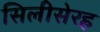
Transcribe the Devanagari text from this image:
सिलीसेरह